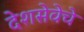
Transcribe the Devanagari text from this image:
देशसेवेचे